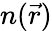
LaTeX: n(\vec{r})